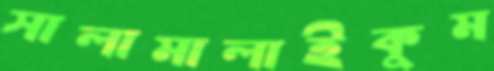
সালামালাইকুম